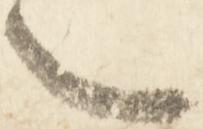
之